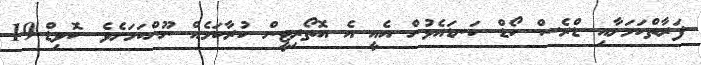
ފަރާތްކަމަށާއި ޑްރެސް ކޯޑް ކަނޑައެޅުން އެއީ އެ އޮތޯރިޓީން ކުރާކަމެއް ނޫންކަމަށެވެ. ކޮވިޑް-19